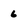
Character: 6